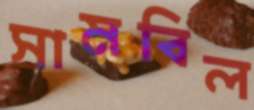
সামবিল